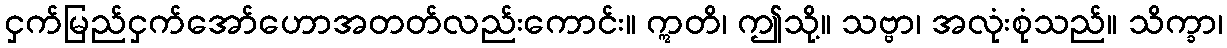
ငှက်မြည်ငှက်အော်ဟောအတတ်လည်းကောင်း။ ဣတိ၊ ဤသို့။ သဗ္ဗာ၊ အလုံးစုံသည်။ သိက္ခာ၊